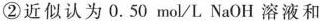
②近似认为0.50mol/L NaOH溶液和